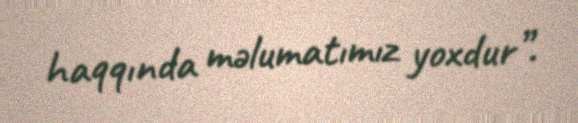
haqqında məlumatımız yoxdur”.